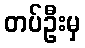
တပ်ဦးမှ